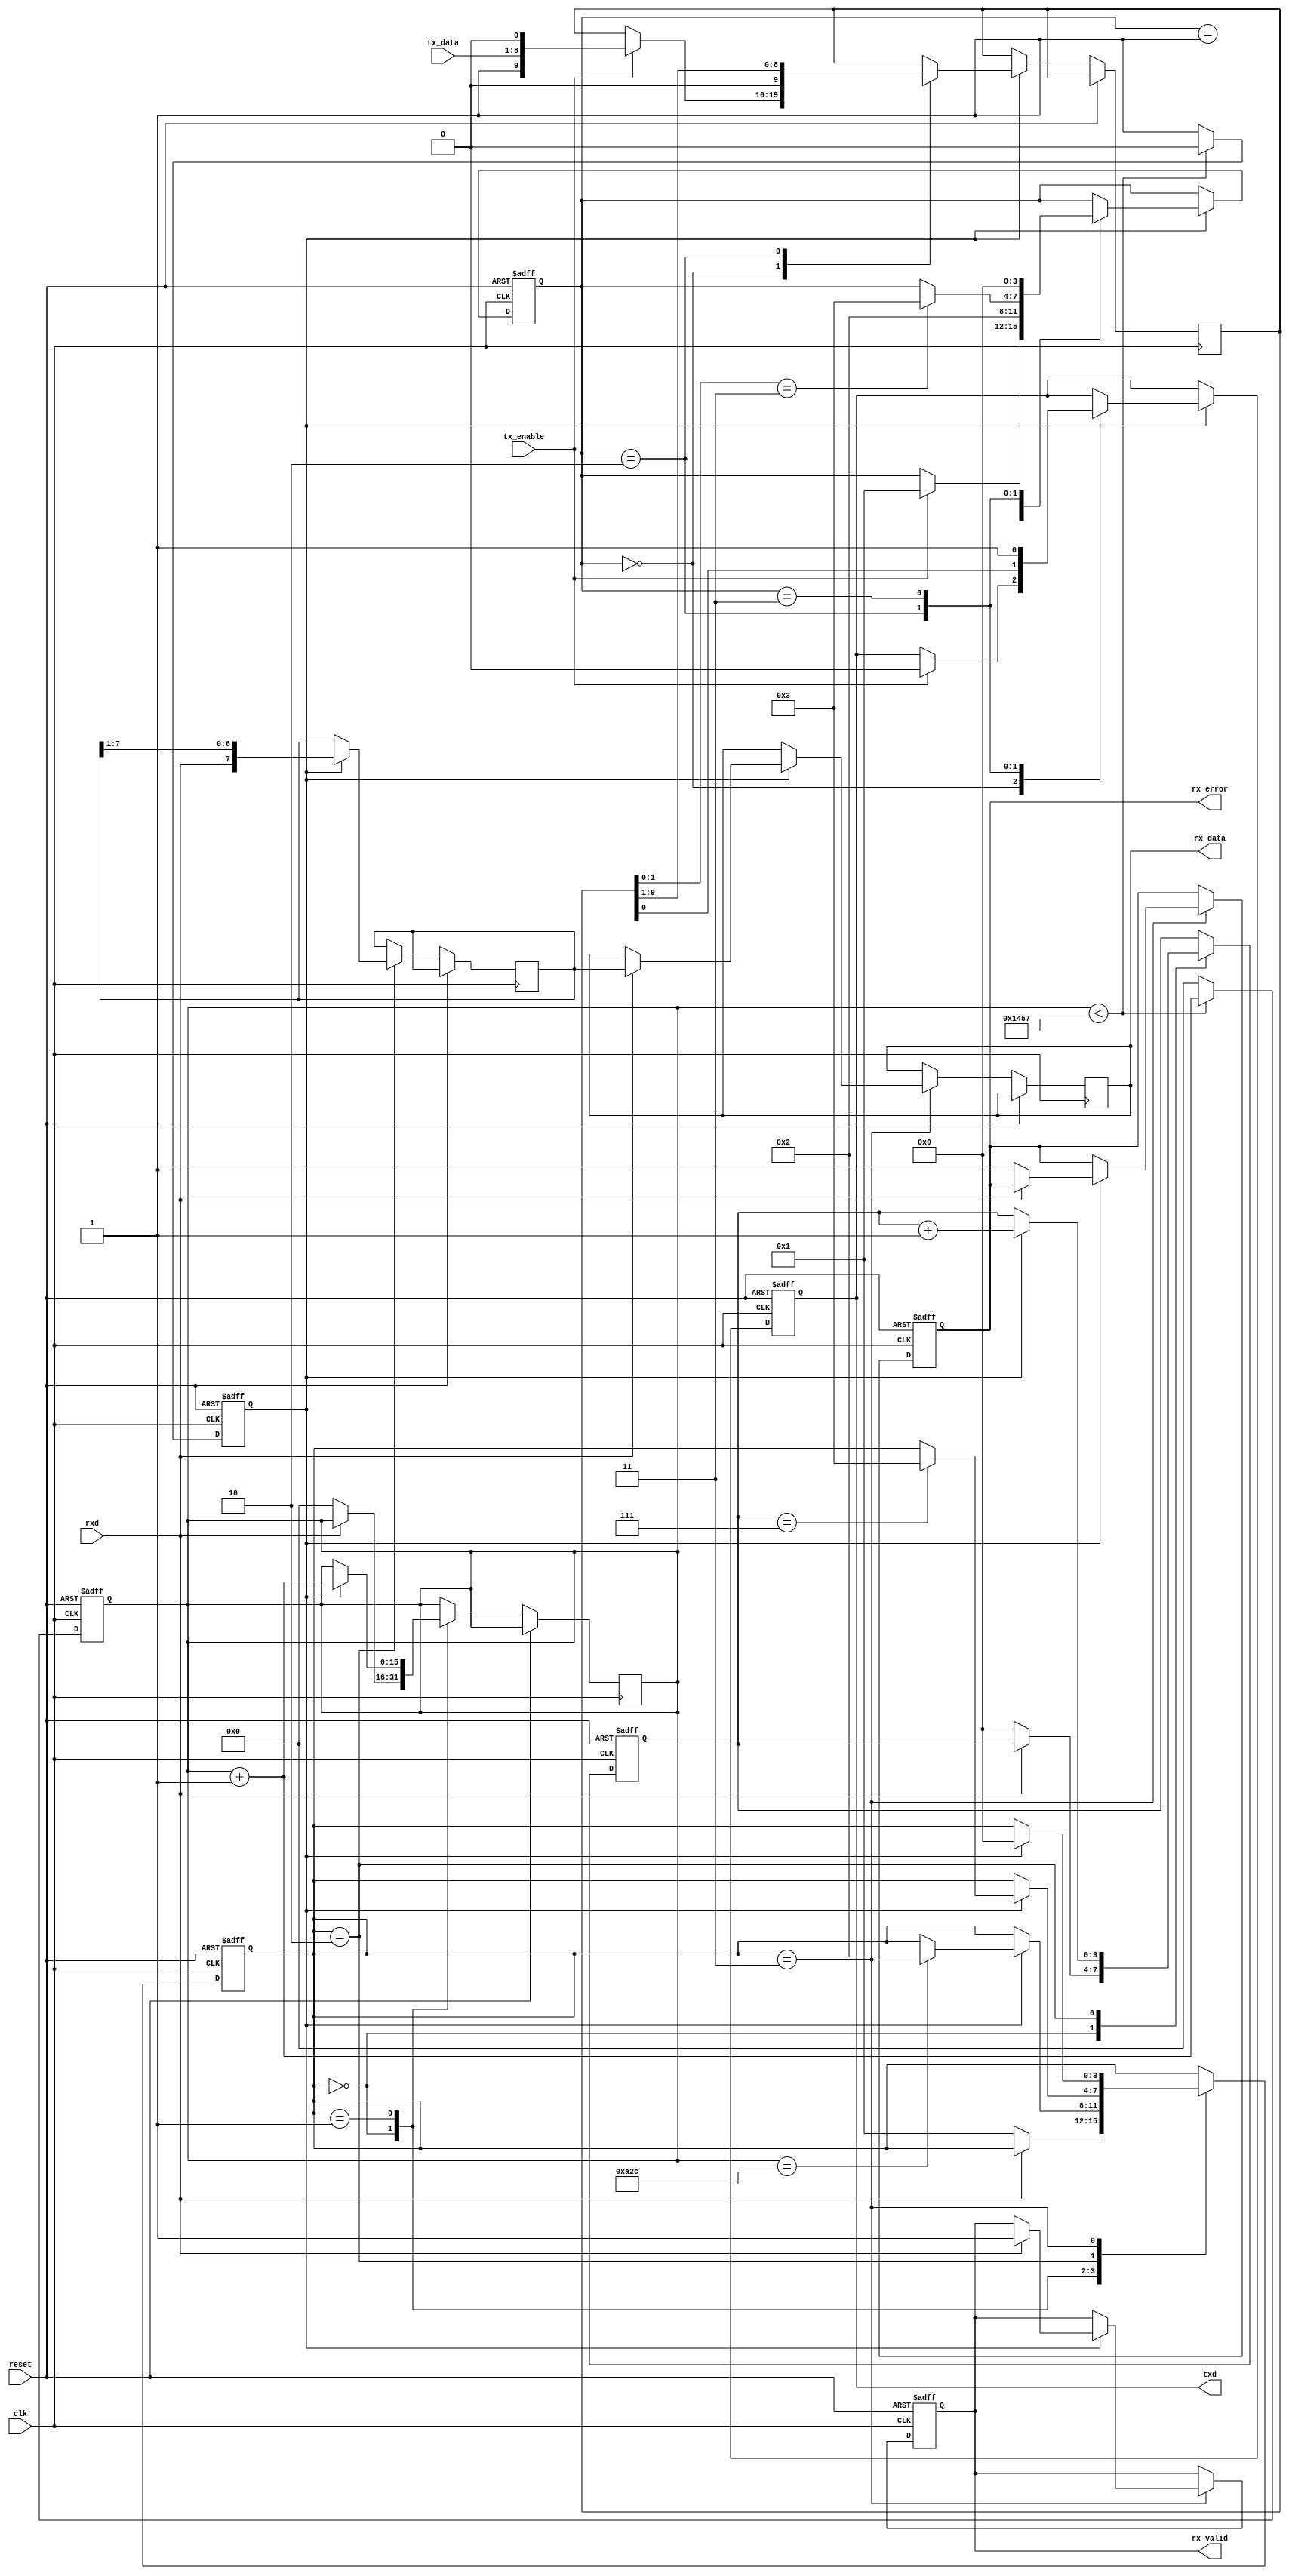
module parameterized_uart #(
    parameter BAUD_RATE = 9600,
    parameter DATA_BITS = 8,
    parameter STOP_BITS = 1,
    parameter PARITY = "NONE", // "NONE", "EVEN", "ODD"
    parameter CLOCK_FREQ = 50000000 // 50 MHz
)(
    input wire clk,
    input wire reset,
    input wire tx_enable,
    input wire [DATA_BITS-1:0] tx_data,
    output reg txd,
    input wire rxd,
    output reg [DATA_BITS-1:0] rx_data,
    output reg rx_valid,
    output reg rx_error
);

// Baud rate generation
localparam BAUD_DIV = CLOCK_FREQ / BAUD_RATE;
reg [15:0] baud_counter; // Adjustable based on the maximum baud rate
reg baud_tick;

// UART Transmitter
reg [3:0] tx_state;
reg [DATA_BITS+1:0] tx_shift; // 1 start, DATA_BITS data, STOP_BITS stop
localparam TX_IDLE = 0, TX_START = 1, TX_DATA = 2, TX_STOP = 3;

always @(posedge clk or posedge reset) begin
    if (reset) begin
        baud_counter <= 0;
        baud_tick <= 0;
    end else begin
        if (baud_counter < BAUD_DIV - 1) begin
            baud_counter <= baud_counter + 1;
            baud_tick <= 0;
        end else begin
            baud_counter <= 0;
            baud_tick <= 1;
        end
    end
end

always @(posedge clk or posedge reset) begin
    if (reset) begin
        txd <= 1; // Idle state
        tx_state <= TX_IDLE;
    end else if (baud_tick) begin
        case (tx_state)
            TX_IDLE: if (tx_enable) begin
                tx_shift <= {1'b1, tx_data, 1'b0}; // Start bit + data + stop bit
                tx_state <= TX_START;
                txd <= 0; // Start bit
            end
            TX_START: begin
                tx_state <= TX_DATA;
            end
            TX_DATA: begin
                txd <= tx_shift[0]; // Send next bit
                tx_shift <= {1'b0, tx_shift[DATA_BITS+1:1]}; // Shift
                if (tx_shift[1:0] == 2'b11) // Stop bit state
                    tx_state <= TX_STOP;
            end
            TX_STOP: begin
                txd <= 1; // Stop bit
                tx_state <= TX_IDLE; // Go back to idle
            end
        endcase
    end
end

// UART Receiver
reg [3:0] rx_state;
reg [3:0] bit_count;
reg [DATA_BITS-1:0] rx_shift;
reg rx_sample;

localparam RX_IDLE = 0, RX_START = 1, RX_DATA = 2, RX_STOP = 3;

always @(posedge clk or posedge reset) begin
    if (reset) begin
        rx_state <= RX_IDLE;
        rx_valid <= 0;
        rx_error <= 0;
        bit_count <= 0;
    end else begin
        case (rx_state)
            RX_IDLE: if (rxd == 0) begin // Detect start bit
                baud_counter <= 0;
                rx_state <= RX_START;
                bit_count <= 0;
            end
            RX_START: begin
                if (baud_tick) begin
                    baud_counter <= baud_counter + 1;
                    if (baud_counter == BAUD_DIV / 2) begin // Sample at center
                        rx_state <= RX_DATA;
                    end
                end
            end
            RX_DATA: begin
                if (baud_tick) begin
                    rx_shift <= {rxd, rx_shift[DATA_BITS-1:1]}; // Shift in the data
                    bit_count <= bit_count + 1;
                    if (bit_count == DATA_BITS-1)
                        rx_state <= RX_STOP; // Move to stop
                end
            end
            RX_STOP: begin
                if (baud_tick) begin
                    if (rxd != 1) begin // Check stop bit
                        rx_error <= 1; // Framing error
                    end else begin
                        // Parity check
                        if (PARITY != "NONE") begin
                            // Implement parity checking logic here if needed
                        end
                        rx_data <= rx_shift;
                        rx_valid <= 1;
                    end
                    rx_state <= RX_IDLE; // Return to idle
                end
            end
        endcase
    end
end

endmodule